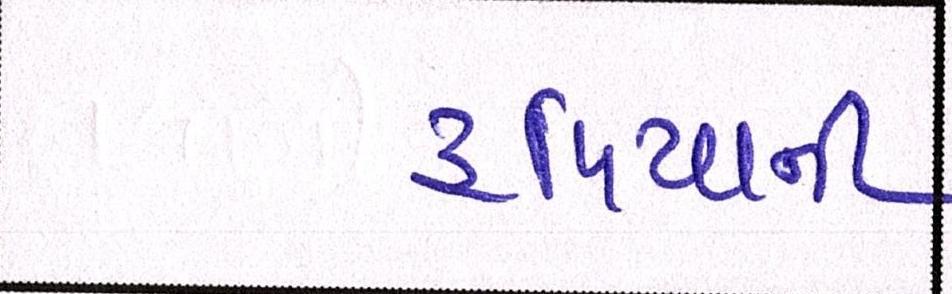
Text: રૃપિયાની